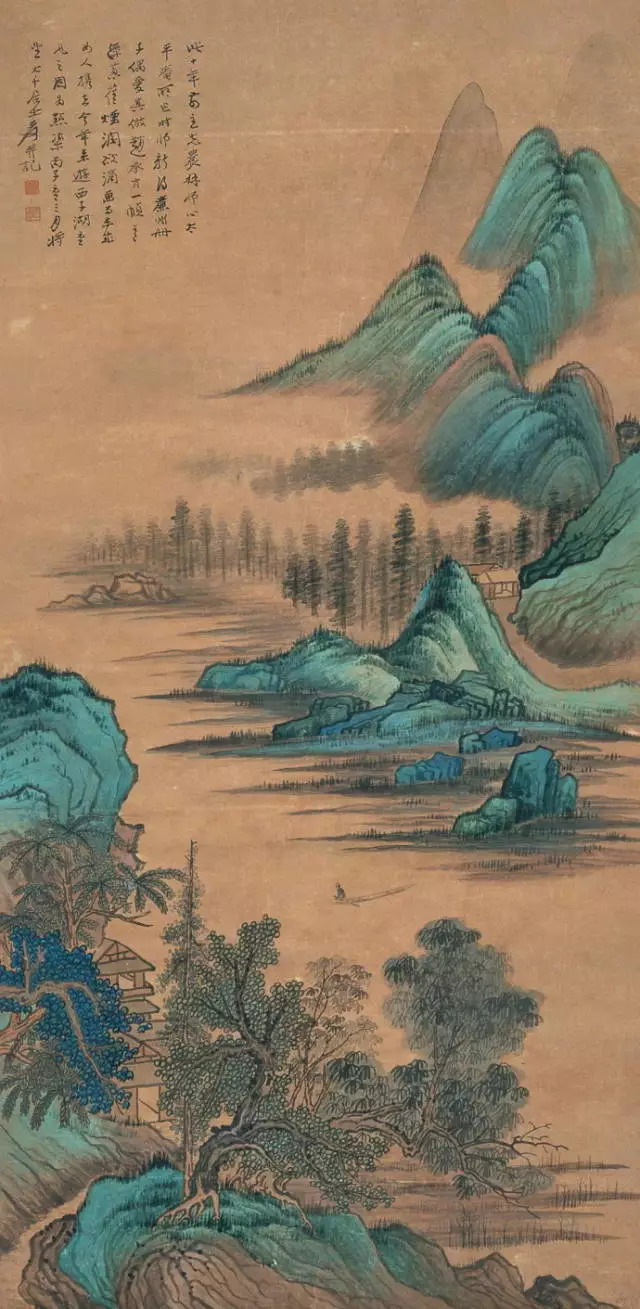
万壑树参天，千山响杜鹃。